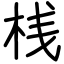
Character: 桟